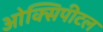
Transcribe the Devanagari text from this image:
ओक्सिपीटल